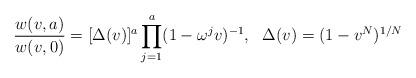
LaTeX: \begin{align*}{w(v,a)\over w(v,0)}=[\Delta(v)]^a\prod^a_{j=1}(1-\omega^jv)^{-1},{}~~\Delta(v)=(1-v^N)^{1/N}\end{align*}